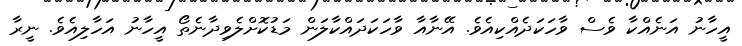
އީހާނު އަނެއްކާ ވެސް ވާހަކަދެއްކިއެވެ. އޭނާއާ ވާހަކަދައްކާލަން މަޑުކޮށްލެވިދާނެތޯ އީހާނު އަހާލިއެވެ. ނީރާ